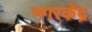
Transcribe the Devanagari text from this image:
नगरकेंद्र